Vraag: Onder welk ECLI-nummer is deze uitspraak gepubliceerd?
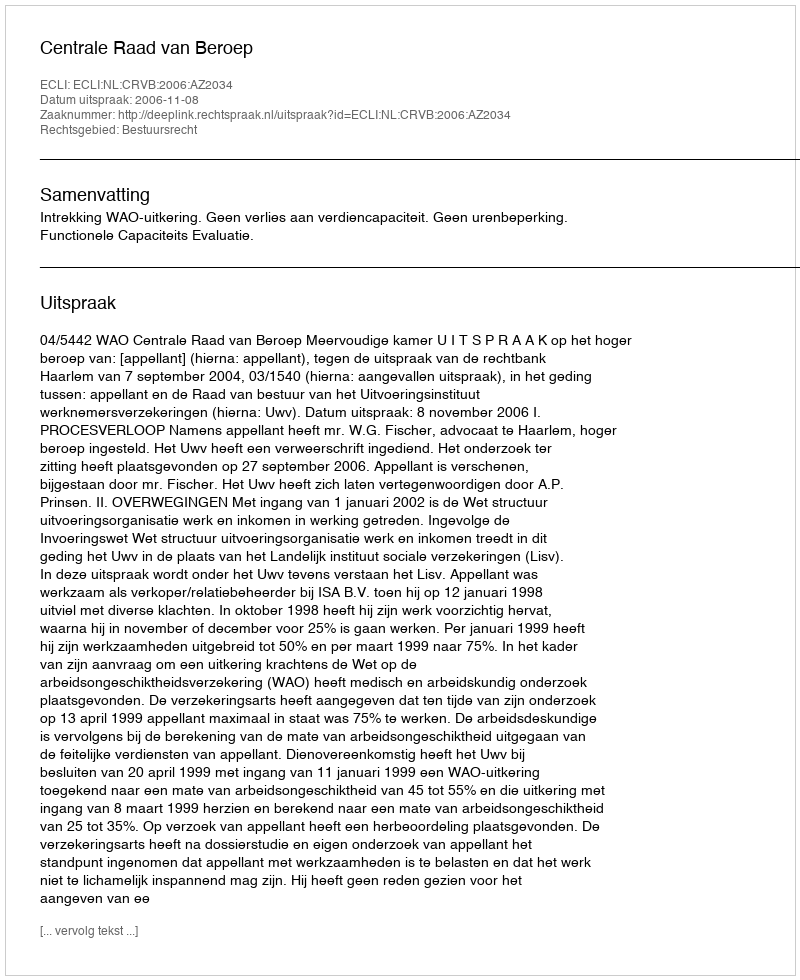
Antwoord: ECLI:NL:CRVB:2006:AZ2034